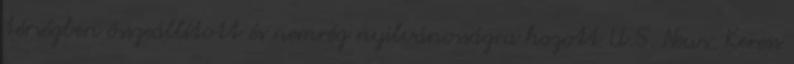
térségben összeállított és nemrég nyilvánosságra hozott U.S. News. Keress